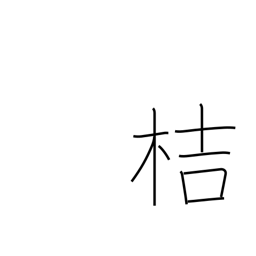
Meaning: used in plant names